Calcutta medical institutions reports 1879-81 [i.e.91]
Year: 1879
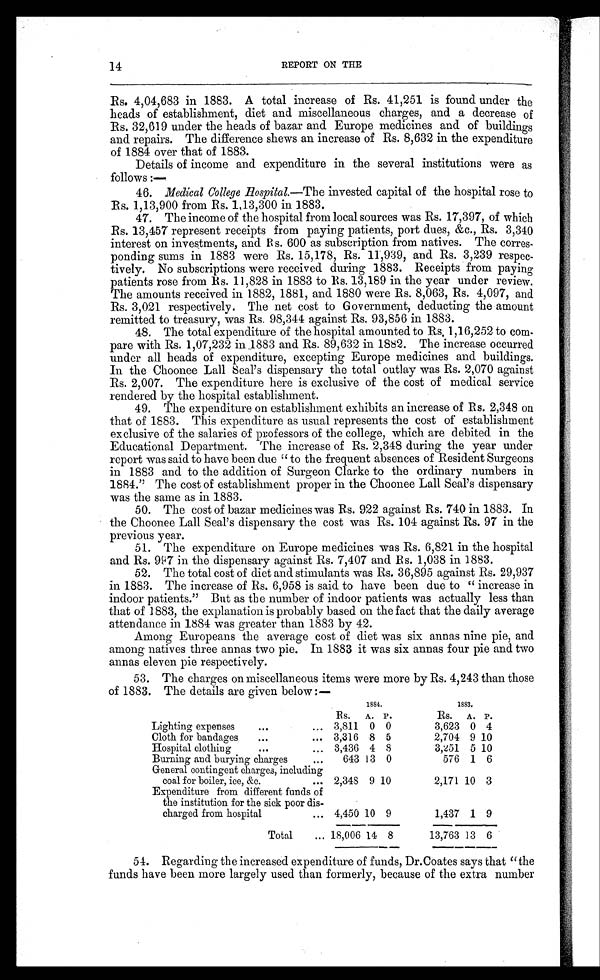
14
REPORT ON THE
Rs. 4,04,683 in 1883. A total increase of Rs. 41,251 is found under the
heads of establishment, diet and miscellaneous charges, and a decrease of
Rs. 32,619 under the heads of bazar and Europe medicines and of buildings
and repairs. The difference shews an increase of Rs. 8,632 in the expenditure
of 1884 over that of 1883.
Details of income and expenditure in the several institutions were as
follows:—
46. Medical College Hospital. —The invested capital of the hospital rose to
Rs. 1,13,900 from Rs. 1,13,300 in 1883.
47. The income of the hospital from local sources was Rs. 17,397, of which
Rs. 13,457 represent receipts from paying patients, port dues, &c., Rs. 3,340
interest on investments, and Rs. 600 as subscription from natives. The corres-
ponding sums in 1883 were Rs. 15,178, Rs. 11,939, and Rs. 3,239 respec-
tively. No subscriptions were received during 1883. Receipts from paying
patients rose from Rs. 11,828 in 1883 to Rs. 13,189 in the year under review.
The amounts received in 1882, 1881, and 1880 were Rs. 8,063, Rs. 4,097, and
Rs. 3,021 respectively. The net cost to Government, deducting the amount
remitted to treasury, was Rs. 98,344 against Rs. 93,856 in 1883.
48. The total expenditure of the hospital amounted to Rs. 1,16,252 to com-
pare with Rs. 1,07,232 in 1883 and Rs. 89,632 in 1882. The increase occurred
under all heads of expenditure, excepting Europe medicines and buildings.
In the Choonee Lall Seal's dispensary the total outlay was Rs. 2,070 against
Rs. 2,007. The expenditure here is exclusive of the cost of medical service
rendered by the hospital establishment.
49. The expenditure on establishment exhibits an increase of Rs. 2,348 on
that of 1883. This expenditure as usual represents the cost of establishment
exclusive of the salaries of professors of the college, which are debited in the
Educational Department. The increase of Rs. 2,348 during the year under
report was said to have been due " to the frequent absences of Resident Surgeons
in 1883 and to the addition of Surgeon Clarke to the ordinary numbers in
1884." The cost of establishment proper in the Choonee Lall Seal's dispensary
was the same as in 1883.
50. The cost of bazar medicines was Rs. 922 against Rs. 740 in 1883. In
the Choonee Lall Seal's dispensary the cost was Rs. 104 against Rs. 97 in the
previous year.
51. The expenditure on Europe medicines was Rs. 6,821 in the hospital
and Rs. 997 in the dispensary against Rs. 7,407 and Rs. 1,038 in 1883.
52. The total cost of diet and stimulants was Rs. 36,895 against Rs. 29,937
in 1883. The increase of Rs. 6,958 is said to have been due to " increase in
indoor patients." But as the number of indoor patients was actually less than
that of 1 883, the explanation is probably based on the fact that the daily average
attendance in 1884 was greater than 1883 by 42.
Among Europeans the average cost of diet was six annas nine pie, and
among natives three annas two pie. In 1883 it was six annas four pie and two
annas eleven pie respectively.
53. The charges on miscellaneous items were more by Rs. 4,243 than those
of 1883. The details are given below:—
1884.
1883.
Rs. A. P.
Rs.
A. P.
Lighting expenses
•••
... 3,811 0 0
3,623 0 4
Cloth for bandages
...
... 3,316 8 5
2,704 9 10
Hospital clothing
...
... 3,436 4 8
3,251 5 10
Burning and burying charges
...
643 13 0
576 1 6
General contingent charges, including
coal for boiler, ice, &c.
... 2,348 9 10
2,171 10 3
Expenditure from different funds of
the institution for the sick poor dis-
charged from hospital
... 4,450 10 9
1,437 1 9
Total
... 18,006 14 8
i
13,763 13 6
54. Regarding the increased expenditure of funds, Dr.Coates says that "the
funds have been more largely used than formerly, because of the extra number